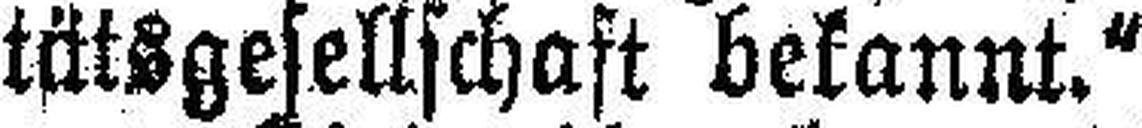
tätsgesellschaft bekannt.“